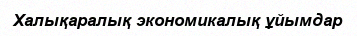
Халықаралық экономикалық ұйымдар